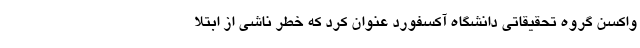
واکسن گروه تحقیقاتی دانشگاه آکسفورد عنوان کرد که خطر ناشی از ابتلا